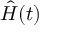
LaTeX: { \hat { H } } ( t )